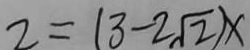
2 = ( 3 - 2 \sqrt { 2 } ) x